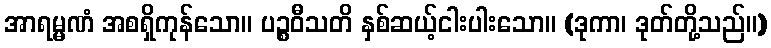
အာရမ္မဏံ အစရှိကုန်သော။ ပဉ္စဝီသတိ နှစ်ဆယ့်ငါးပါးသော။ (ဒုကာ၊ ဒုတ်တို့သည်။)